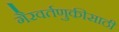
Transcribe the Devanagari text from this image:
गैरवर्तणुकीसाठी